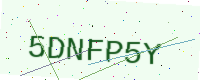
Text: 5DNFP5Y